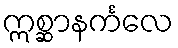
ဣစ္ဆာနင်္ကလေ